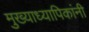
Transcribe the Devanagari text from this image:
मुख्याध्यापिकांनी